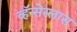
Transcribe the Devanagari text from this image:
व्हॅन्सेस्लास